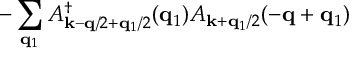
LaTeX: - \sum _ { { \bf { q } } _ { 1 } } A _ { { \bf { k } } - { \bf { q } } / 2 + { \bf { q } } _ { 1 } / 2 } ^ { \dagger } ( { \bf { q } } _ { 1 } ) A _ { { \bf { k } } + { \bf { q } } _ { 1 } / 2 } ( - { \bf { q } } + { \bf { q } } _ { 1 } )